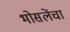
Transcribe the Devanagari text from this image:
भोसलेंचा